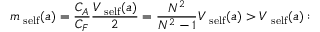
m _ { \mathrm { \scriptsize ~ s e l f } } ( a ) = \frac { C _ { A } } { C _ { F } } \frac { V _ { \mathrm { \scriptsize ~ s e l f } } ( a ) } { 2 } = \frac { N ^ { 2 } } { N ^ { 2 } - 1 } V _ { \mathrm { \scriptsize ~ s e l f } } ( a ) > V _ { \mathrm { \scriptsize ~ s e l f } } ( a ) :